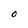
Character: O